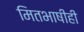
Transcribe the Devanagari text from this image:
मितभाषीही